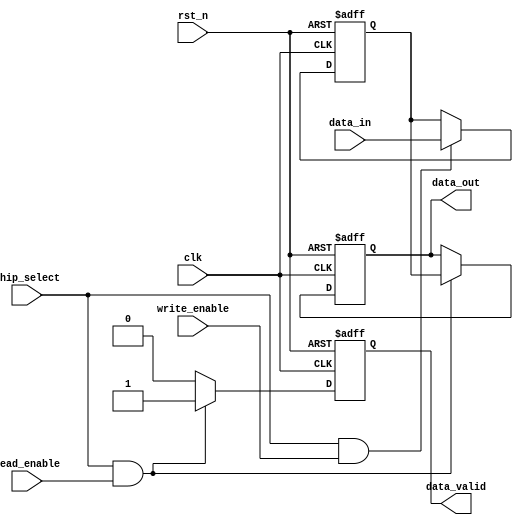
module FeRAM_IO_Block (
    input wire clk,                // System clock
    input wire rst_n,              // Active low reset
    input wire [7:0] data_in,      // Data input from external device
    output reg [7:0] data_out,      // Data output to external device
    input wire read_enable,         // Read control signal
    input wire write_enable,        // Write control signal
    input wire chip_select,         // Chip select signal
    output reg data_valid          // Data valid output signal
);

    // Internal signals
    reg [7:0] data_latch;          // Data latch for storing read/write data
    wire read_sense;               // Read sensing signal (simulated)
    wire [7:0] level_shifted_data; // Level shifted data
    reg write_driver;              // Write driver signal

    // Input Buffer with Schmitt Trigger and Level Shifting
    assign level_shifted_data = data_in; // In actual implementation, add level shifting logic

    // Output Buffer
    always @(posedge clk or negedge rst_n) begin
        if (!rst_n) begin
            data_out <= 8'b0;
            data_valid <= 1'b0;
        end else if (chip_select && read_enable) begin
            data_out <= data_latch; // Drive data to output
            data_valid <= 1'b1;      // Indicate data is valid
        end else begin
            data_valid <= 1'b0;      // Data not valid
        end
    end

    // Control Signal Interface
    always @(posedge clk or negedge rst_n) begin
        if (!rst_n) begin
            data_latch <= 8'b0;
            write_driver <= 1'b0;
        end else if (chip_select && write_enable) begin
            data_latch <= level_shifted_data; // Capture input data
            write_driver <= 1'b1;              // Enable write driver
        end else begin
            write_driver <= 1'b0;              // Disable write driver
        end
    end

    // Read Sensing Circuit (Simulated)
    assign read_sense = (chip_select && read_enable) ? 1'b1 : 1'b0;

    // Timing Control (Setup and Hold Time Checks)
    always @(posedge clk or negedge rst_n) begin
        if (!rst_n) begin
            // Reset logic
        end else begin
            // Implement setup and hold time checks if necessary
        end
    end

    // Write Driver Logic
    always @(posedge clk or negedge rst_n) begin
        if (!rst_n) begin
            // Reset logic for write driver
        end else if (write_driver) begin
            // Logic to drive data to memory cells
            // This would typically involve driving the write signals
            // to the memory cells based on the data_latch contents.
        end
    end

    // Error Detection and Correction (EDAC) can be added here
    // Power Management can be implemented as needed

endmodule